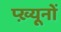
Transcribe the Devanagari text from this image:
प्ख़्यूनों